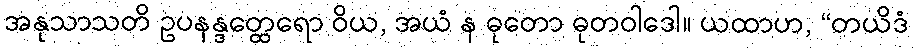
အနုသာသတိ ဥပနန္ဒတ္ထေရော ဝိယ, အယံ န ဓုတော ဓုတဝါဒေါ။ ယထာဟ, “တယိဒံ